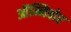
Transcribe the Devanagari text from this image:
ऑम्निवोर